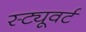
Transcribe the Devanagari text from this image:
स्ट्यूवर्ट